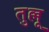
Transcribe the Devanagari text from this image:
तुल्लू